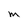
Character: m